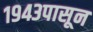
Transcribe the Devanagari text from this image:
१९४३पासून